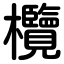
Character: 欖